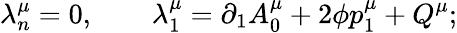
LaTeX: \lambda_{n}^{\mu}=0,\qquad\lambda_{1}^{\mu}=\partial_{1}A_{0}^{\mu}+2\phi p_{1}^{\mu}+Q^{\mu};